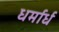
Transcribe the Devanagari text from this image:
धर्मार्ध